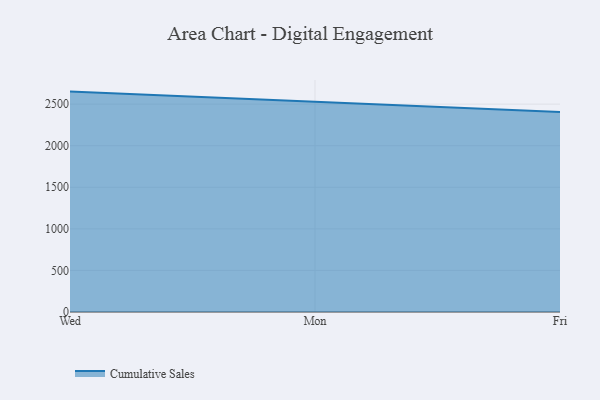
{"axis": {"x": "Day", "y": "Waste Production (Tons)"}, "legend": ["Cumulative Sales"], "data": [{"x": "Wed", "y": 2650.6, "type": "Cumulative Sales"}, {"x": "Mon", "y": 2524.5, "type": "Cumulative Sales"}, {"x": "Fri", "y": 2406.3, "type": "Cumulative Sales"}]}